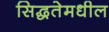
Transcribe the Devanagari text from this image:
सिद्धतेमधील